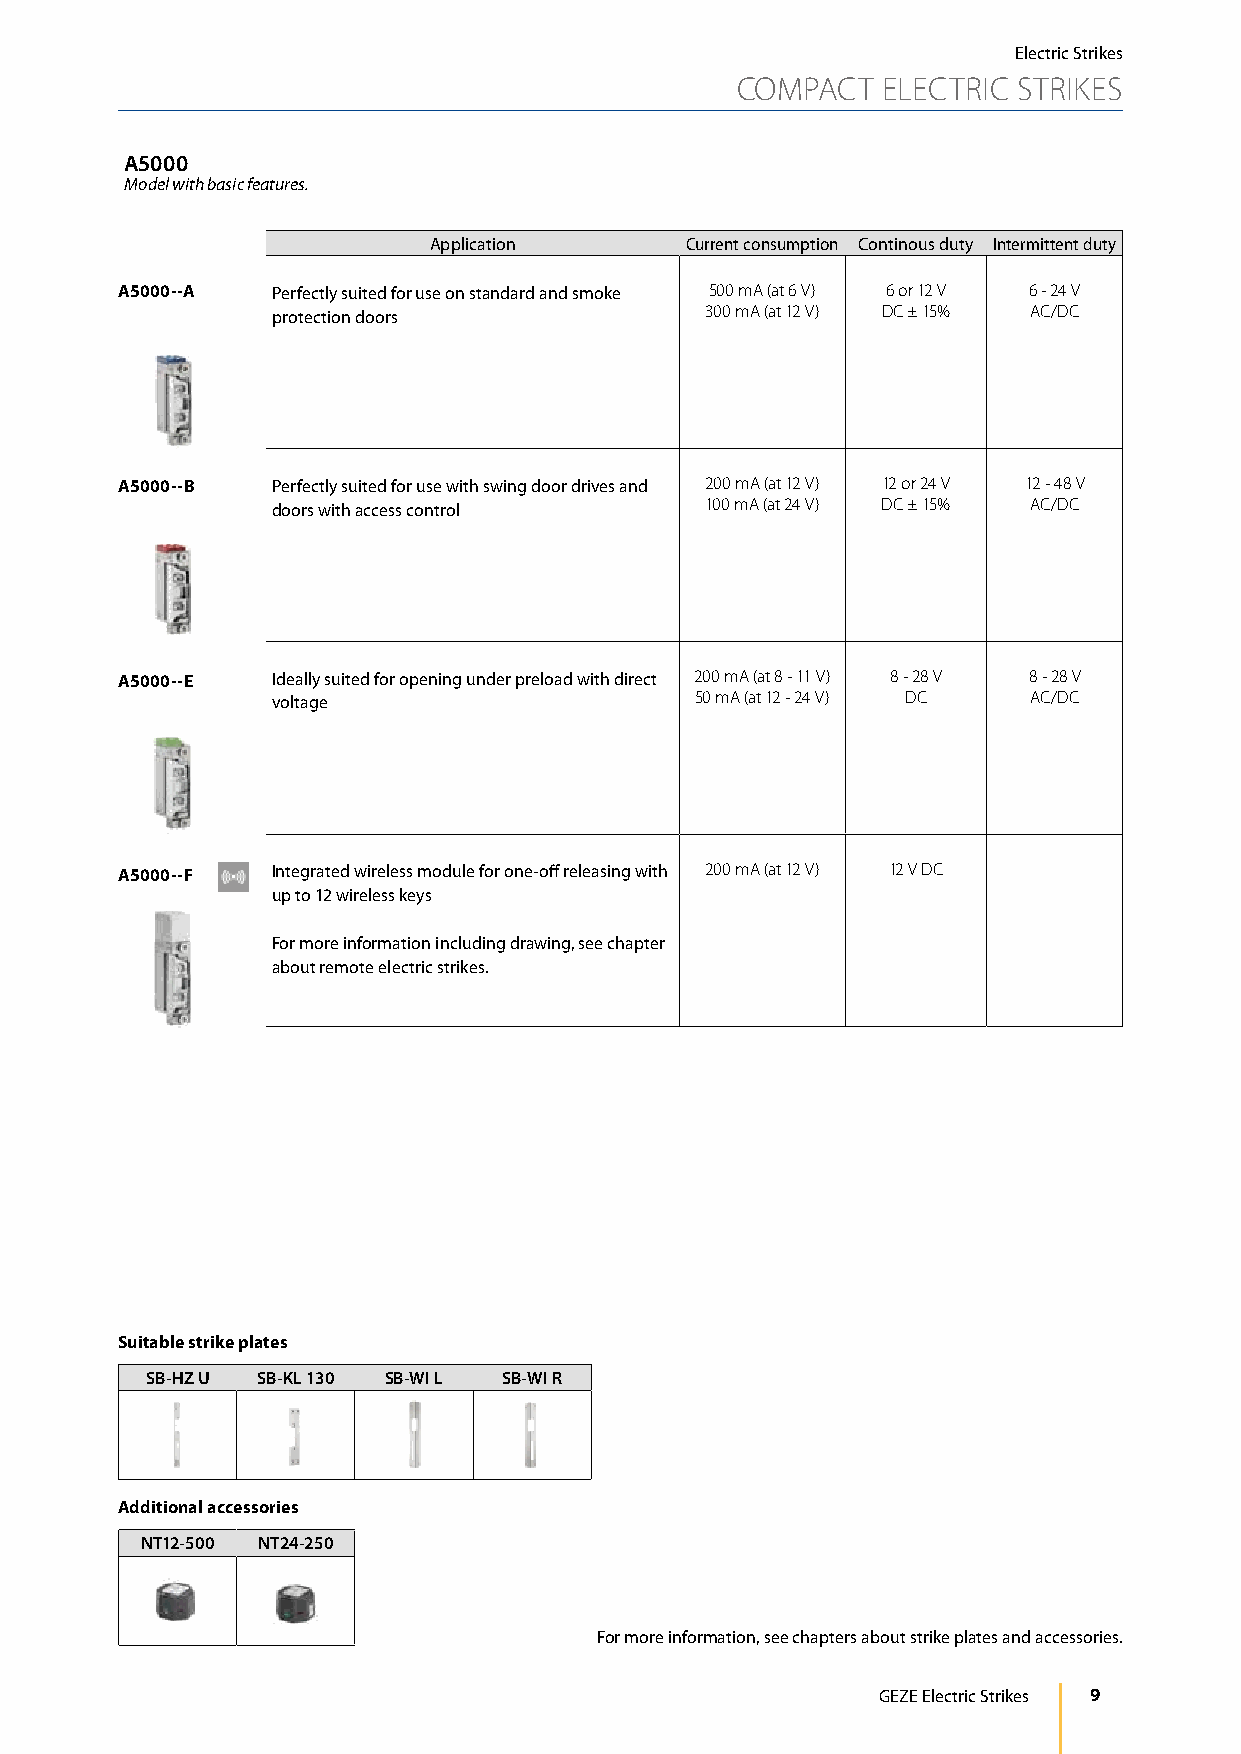
Electric Strikes
 COMPACT  ELECTRIC STRIKES
 A5000
 Model with basic features.
 Application      Current consumption Continous duty Intermittent duty
 A5000--A  Perfectly suited for use on standard and smoke 500 mA (at 6 V) 6 or 12 V 6 - 24 V
 protection doors             300 mA (at 12 V) DC ± 15% AC/DC
 A5000--B  Perfectly suited for use with swing door drives and 200 mA (at 12 V) 12 or 24 V 12 - 48 V
 doors with access control    100 mA (at 24 V) DC ± 15% AC/DC
 A5000--E  Ideally suited for opening under preload with direct 200 mA (at 8 - 11 V) 8 - 28 V 8 - 28 V
 voltage                     50 mA (at 12 - 24 V) DC AC/DC
 A5000--F  Integrated wireless module for one-off releasing with 200 mA (at 12 V) 12 V DC
 up to 12 wireless keys
 For more information including drawing, see chapter
 about remote electric strikes.
 Suitable strike plates
 SB-HZ U SB-KL 130 SB-WI L SB-WI R
 Additional accessories
 NT12-500 NT24-250
 For more information, see chapters about strike plates and accessories.
 GEZE Electric Strikes 9